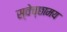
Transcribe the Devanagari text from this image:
स्वेच्छामय